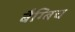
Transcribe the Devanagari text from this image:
बैग्बिच